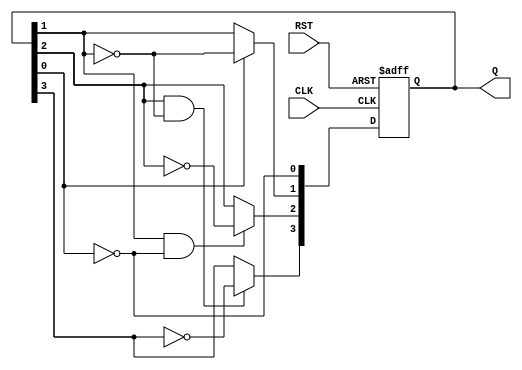
module async_ripple_counter (
    input wire CLK,      // Clock input
    input wire RST,      // Asynchronous reset input
    output reg [N-1:0] Q // Counter output
);
    parameter N = 4; // Number of bits for the counter

    // Always block for the counter operation
    always @(posedge CLK or posedge RST) begin
        if (RST) begin
            Q <= 0; // Reset the counter to 0
        end else begin
            // Ripple counting mechanism
            Q[0] <= ~Q[0]; // Toggle LSB
            Q[1] <= Q[0] ? ~Q[1] : Q[1]; // Toggle second bit on LSB falling edge
            Q[2] <= (Q[1] && ~Q[0]) ? ~Q[2] : Q[2]; // Toggle third bit on second bit falling edge
            Q[3] <= (Q[2] && ~Q[1]) ? ~Q[3] : Q[3]; // Toggle fourth bit on third bit falling edge
            // Add more bits for higher N if required
        end
    end
endmodule